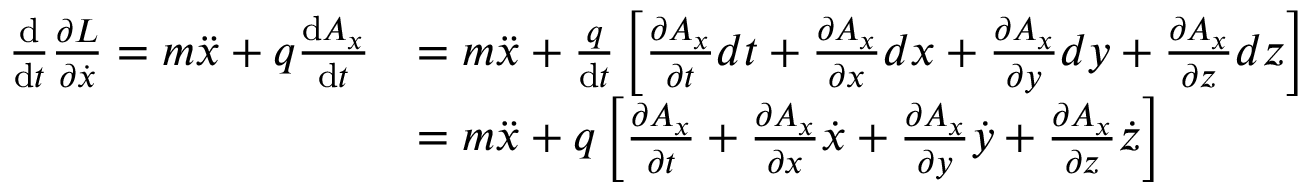
{ \begin{array} { r l } { { \frac { \mathrm { d } } { \mathrm { d } t } } { \frac { \partial L } { \partial { \dot { x } } } } = m { \ddot { x } } + q { \frac { \mathrm { d } A _ { x } } { \mathrm { d } t } } } & { = m { \ddot { x } } + { \frac { q } { \mathrm { d } t } } \left[ { \frac { \partial A _ { x } } { \partial t } } d t + { \frac { \partial A _ { x } } { \partial x } } d x + { \frac { \partial A _ { x } } { \partial y } } d y + { \frac { \partial A _ { x } } { \partial z } } d z \right] } \\ & { = m { \ddot { x } } + q \left[ { \frac { \partial A _ { x } } { \partial t } } + { \frac { \partial A _ { x } } { \partial x } } { \dot { x } } + { \frac { \partial A _ { x } } { \partial y } } { \dot { y } } + { \frac { \partial A _ { x } } { \partial z } } { \dot { z } } \right] } \end{array} }